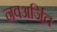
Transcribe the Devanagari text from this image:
नवअर्जित